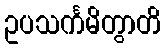
ဥပသင်္ကမိတွာတိ